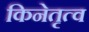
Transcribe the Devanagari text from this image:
किनेतृत्व